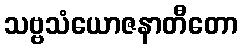
သဗ္ဗသံယောဇနာတီတော